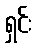
ရှင်း